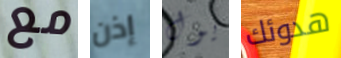
مع إذن يول هدوئك